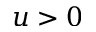
u > 0